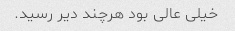
خیلی عالی بود هرچند دیر رسید.